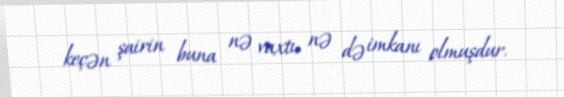
keçən şairin buna nə vaxtı, nə də imkanı olmuşdur.